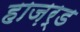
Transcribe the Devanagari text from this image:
हाज़र्ड